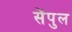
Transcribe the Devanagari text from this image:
सेंपुल